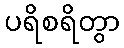
ပရိစရိတွာ